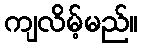
ကျလိမ့်မည်။